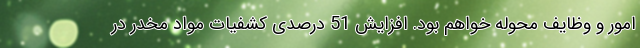
امور و وظایف محوله خواهم بود. افزایش 51 درصدی کشفیات مواد مخدر در